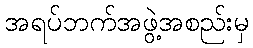
အရပ်ဘက်အဖွဲ့အစည်းမှ